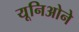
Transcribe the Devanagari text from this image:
यूनिओने